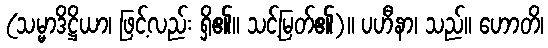
(သမ္မာဒိဋ္ဌိယာ၊ ဖြင့်လည်း ရှိ၏။ သင့်မြတ်၏)။ ပဟီနာ၊ သည်။ ဟောတိ၊